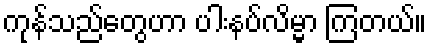
ကုန်သည်တွေဟာ ပါးနပ်လိမ္မာ ကြတယ်။